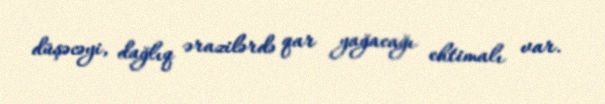
düşəcəyi, dağlıq ərazilərdə qar yağacağı ehtimalı var.